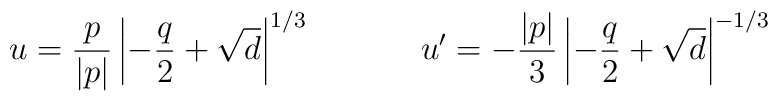
u= \frac{p}{|p|} \left| -\frac{q}{2} + \sqrt{d} \right|^{1/3}\ \ \ \ \ \ \ \ \ \ u^{\prime } = -\frac{|p|}{3} \left| -\frac{q}{2} + \sqrt{d} \right|^{-1/3}